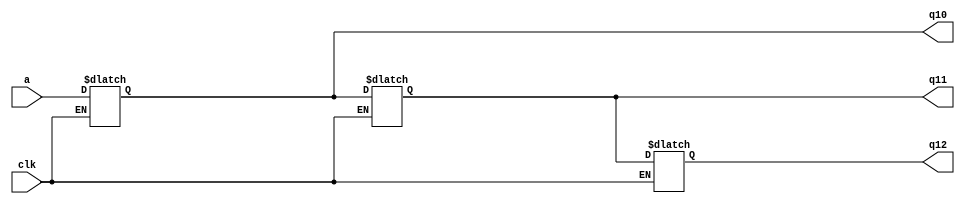
module register2(
    input a,
	 input clk,
	 output q10,q11,q12
	 );
	 reg q10,q11,q12;
	 always @(clk)
	 begin
	 if(clk)
	 begin
	 q10<=a;
	 q11<=q10;
	 q12<=q11;

	 end
	 end
endmodule